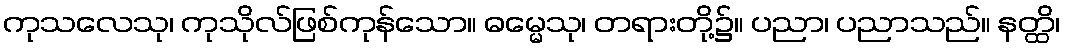
ကုသလေသု၊ ကုသိုလ်ဖြစ်ကုန်သော။ ဓမ္မေသု၊ တရားတို့၌။ ပညာ၊ ပညာသည်။ နတ္ထိ၊